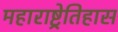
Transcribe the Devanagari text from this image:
महाराष्ट्रेतिहास